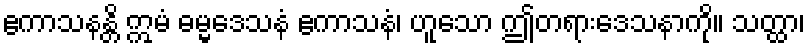
ဧကာသနန္တိ ဣမံ ဓမ္မဒေသနံ ဧကာသနံ၊ ဟူသော ဤတရားဒေသနာကို။ သတ္ထာ၊